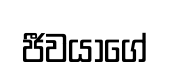
ජීවයාගේ